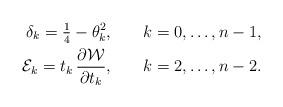
LaTeX: \begin{align*} \delta_k=\tfrac14-\theta_k^2,\qquad &k=0,\ldots,n-1,\\ \mathcal E_k=t_k\,\frac{\partial \mathcal W}{\partial t_k},\qquad & k=2,\ldots,n-2. \end{align*}